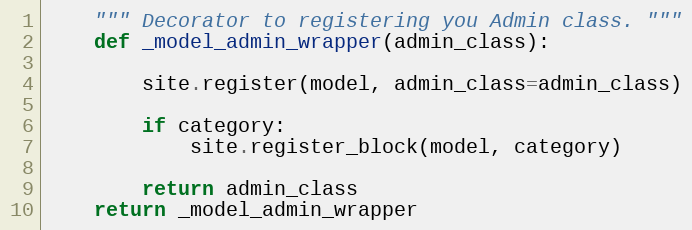
Language: Python
    """ Decorator to registering you Admin class. """
    def _model_admin_wrapper(admin_class):

        site.register(model, admin_class=admin_class)

        if category:
            site.register_block(model, category)

        return admin_class
    return _model_admin_wrapper